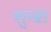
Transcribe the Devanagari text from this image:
सुन्डा